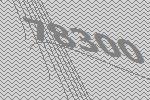
78300